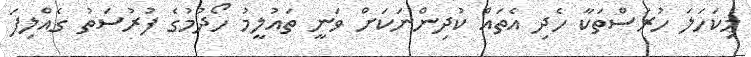
މިކަހަލަ ހުރަސްތަކާ ހެދި އެތައް ކުދިންނަކަށް ވަނީ ތައުލީމު ހޯދުމުގެ ފުރުސަތު ގެއްލިފަ